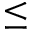
\le